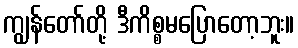
ကျွန်တော်တို့ ဒီကိစ္စမပြောတော့ဘူး။